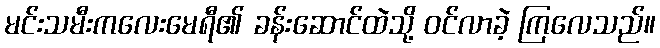
မင်းသမီးကလေးမေရီ၏ ခန်းဆောင်ထဲသို့ ဝင်လာခဲ့ ကြလေသည်။